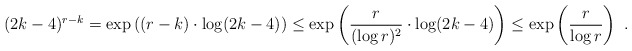
\begin{align*}(2k-4)^{r-k}= \exp\left((r-k)\cdot\log(2k-4)\right)\le \exp\left(\frac{r}{(\log r)^2}\cdot\log(2k-4)\right)\le \exp\left(\frac{r}{\log r}\right)~.\end{align*}